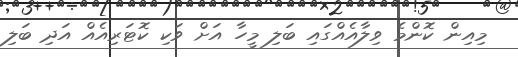
މިއިން ކޮންމެ ވިލާއެއްގައި ބަލި މީހާ އަށް ވަކި ކޮޓަރިއެއް އަދި ބަލި